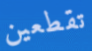
تقطعين